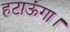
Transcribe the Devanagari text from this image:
हटाऊंगा।